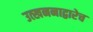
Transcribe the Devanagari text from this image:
उत्खननाद्वारेच